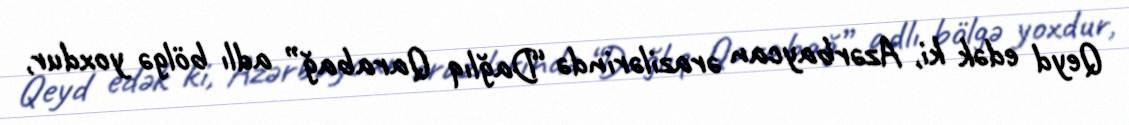
Qeyd edək ki, Azərbaycan ərazilərində “Dağlıq Qarabağ” adlı bölgə yoxdur,